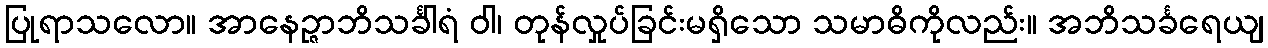
ပြုရာသလော။ အာနေဉ္ဇာဘိသင်္ခါရံ ဝါ၊ တုန်လှုပ်ခြင်းမရှိသော သမာဓိကိုလည်း။ အဘိသင်္ခရေယျ